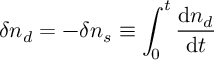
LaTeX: \delta n _ { d } = - \delta n _ { s } \equiv \int _ { 0 } ^ { t } \frac { \mathrm { d } n _ { d } } { \mathrm { d } t }